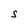
Character: S